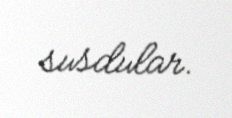
susdular.